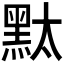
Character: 𪐥